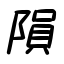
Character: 隕